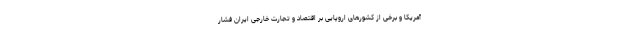
آمریکا و برخی از کشورهای اروپایی بر اقتصاد و تجارت خارجی ایران فشار